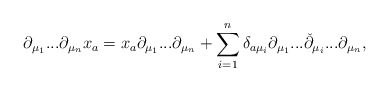
\begin{align*}\partial_{\mu_1}...\partial_{\mu_n}x_a = x_a \partial_{\mu_1}...\partial_{\mu_n} + \sum\limits_{i=1}^{n}\delta_{a \mu_i}\partial_{\mu_1}...\check{\partial}_{\mu_i}...\partial_{\mu_n},\end{align*}